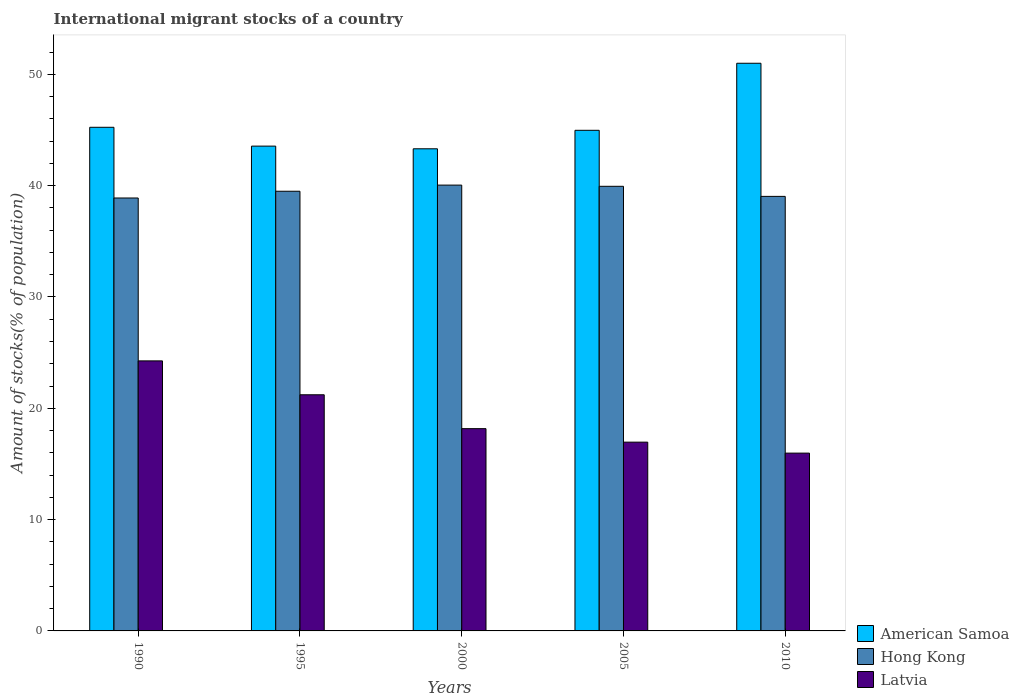
| Years | American Samoa | Hong Kong | Latvia |
 | --- | --- | --- | --- |
 | 1990 | 45.2 | 38.9 | 24.3 |
 | 1995 | 43.5 | 39.5 | 21.2 |
 | 2000 | 43.3 | 40 | 18.2 |
 | 2005 | 45 | 39.9 | 17 |
 | 2010 | 51 | 39 | 16 |